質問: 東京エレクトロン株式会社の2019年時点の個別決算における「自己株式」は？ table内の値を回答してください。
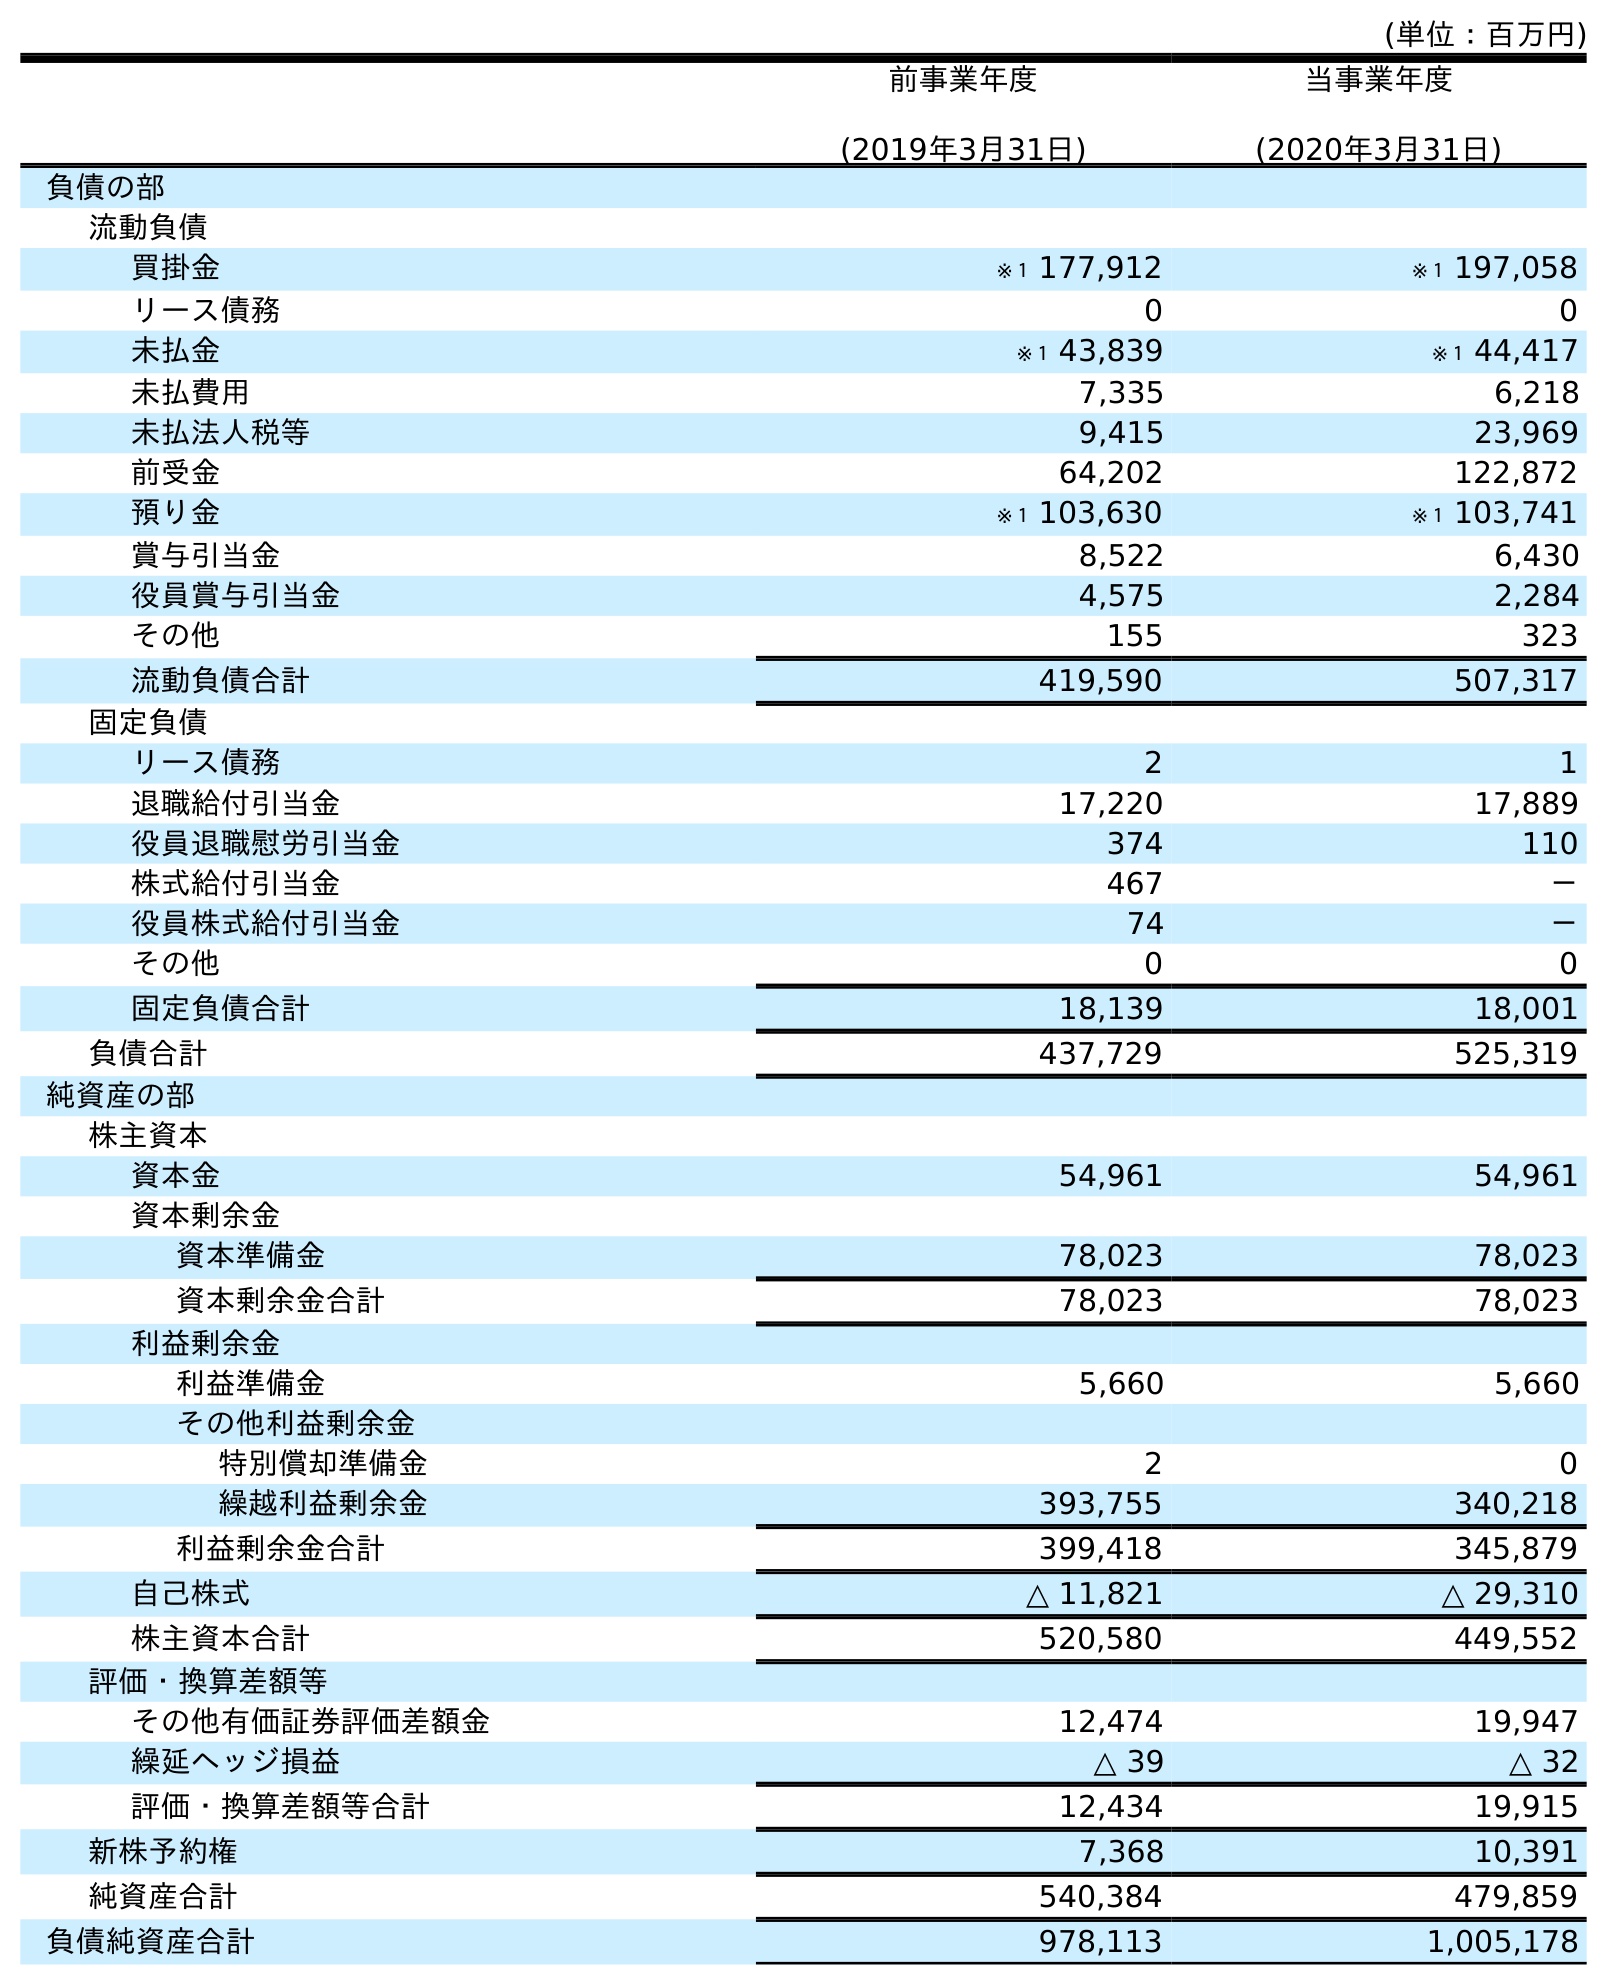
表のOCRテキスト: (単位：百万円) 前事業年度 (2019年3月31日) 当事業年度 (2020年3月31日) 負債の部 流動負債 買掛金 ※１ 177,912 ※１ 197,058 リース債務 0 0 未払金 ※１ 43,839 ※１ 44,417 未払費用 7,335 6,218 未払法人税等 9,415 23,969 前受金 64,202 122,872 預り金 ※１ 103,630 ※１ 103,741 賞与引当金 8,522 6,430 役員賞与引当金 4,575 2,284 その他 155 323 流動負債合計 419,590 507,317 固定負債 リース債務 2 1 退職給付引当金 17,220 17,889 役員退職慰労引当金 374 110 株式給付引当金 467 － 役員株式給付引当金 74 － その他 0 0 固定負債合計 18,139 18,001 負債合計 437,729 525,319 純資産の部 株主資本 資本金 54,961 54,961 資本剰余金 資本準備金 78,023 78,023 資本剰余金合計 78,023 78,023 利益剰余金 利益準備金 5,660 5,660 その他利益剰余金 特別償却準備金 2 0 繰越利益剰余金 393,755 340,218 利益剰余金合計 399,418 345,879 自己株式 △ 11,821 △ 29,310 株主資本合計 520,580 449,552 評価・換算差額等 その他有価証券評価差額金 12,474 19,947 繰延ヘッジ損益 △ 39 △ 32 評価・換算差額等合計 12,434 19,915 新株予約権 7,368 10,391 純資産合計 540,384 479,859 負債純資産合計 978,113 1,005,178
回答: △11,821